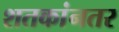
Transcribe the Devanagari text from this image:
शतकांनतर